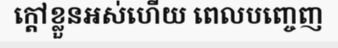
ក្តៅខ្លួនអស់ហើយ ពេលបញ្ចេញ